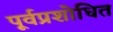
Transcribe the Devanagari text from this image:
पूर्वप्रशोधित